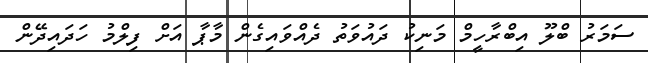
ސަމަރު ބްލޫ އިބްރާހީމް މަނިކު ދައުވަތު ދެއްވައިގެން މާޕާ އަށް ފިލްމު ހަދައިދޭން